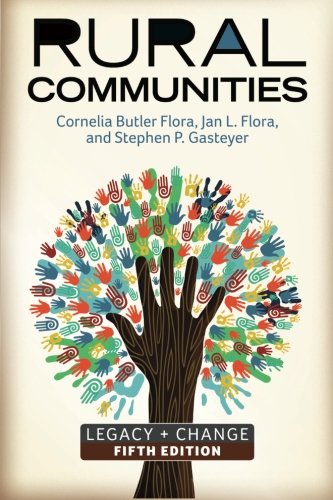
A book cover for Rural Communities: Legacy + Change; Cornelia Butler Flora; Politics & Social Sciences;